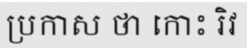
ប្រកាស ថា កោះ រិវ